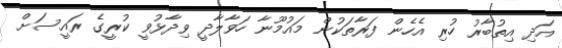
އަދި އިތުބާރު ހުރި އެހެން ފަރާތަކުން މައުމޫނާ ހަވާލާދީ ވިދާޅުވީ ކުރީގެ ރައީސަށް